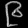
Digit: ၉